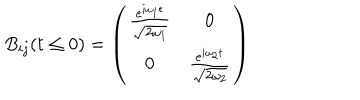
B _ { i j } ( t \leq 0 ) = \left( \begin{array} { c c } { { \frac { e ^ { i \omega _ { 1 } t } } { \sqrt { 2 \omega _ { 1 } } } } } & { { 0 } } \\ { { 0 } } & { { \frac { e ^ { i \omega _ { 2 } t } } { \sqrt { 2 \omega _ { 2 } } } } } \\ \end{array} \right)